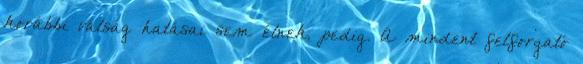
korábbi válság hatásai sem élnek, pedig. A mindent felforgató